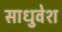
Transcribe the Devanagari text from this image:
साधुवेश